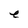
Character: e